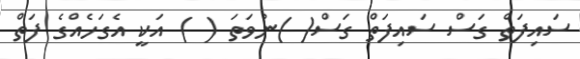
ސައިފަތް ގަސް ސައިފަތް ގަސް( )ނުވަތަ ( ) އަކީ އެގަހެއްގެ ފަތް